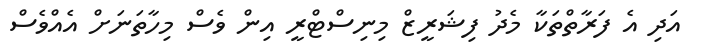
އަދި އެ ފަރާތްތަކާ މެދު ފިޝަރީޒް މިނިސްޓްރީ އިން ވެސް މިހާތަނަށް އެއްވެސް